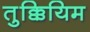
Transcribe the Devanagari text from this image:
तुक्कियिम